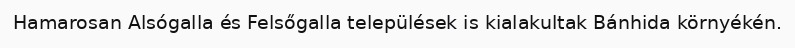
Hamarosan Alsógalla és Felsőgalla települések is kialakultak Bánhida környékén.